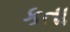
કતા